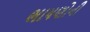
ભાષણોની